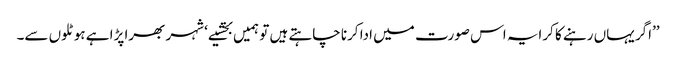
’’اگر یہاں رہنے کا کرایہ اس صورت میں ادا کرنا چاہتے ہیں تو ہمیں بخشیے‘ شہر بھرا پڑا ہے ہوٹلوں سے۔